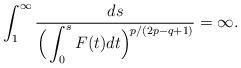
\begin{align*}\int_{1}^\infty\frac{ds}{\Big(\displaystyle \int_0^s F(t)dt \Big)^{p/(2p - q+1)}} = \infty.\end{align*}